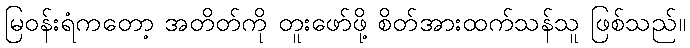
မြဝန်းရံကတော့ အတိတ်ကို တူးဖော်ဖို့ စိတ်အားထက်သန်သူ ဖြစ်သည်။